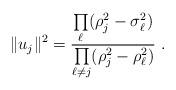
LaTeX: \begin{align*}\|u_j\|^2=\frac{\prod\limits_{\ell}(\rho_j^2-\sigma_\ell^2)}{\prod\limits_{\ell\ne j}(\rho_j^2-\rho_\ell^2)}\ .\end{align*}